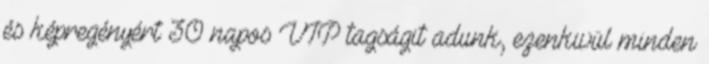
és képregényért 30 napos VIP tagságit adunk, ezenkivül minden